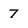
Character: 7